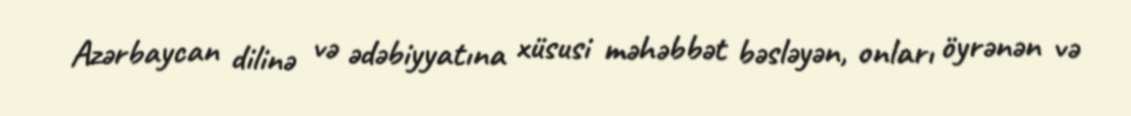
Azərbaycan dilinə və ədəbiyyatına xüsusi məhəbbət bəsləyən, onları öyrənən və